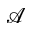
\mathcal { A }